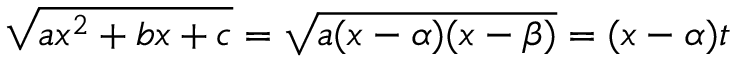
{ \sqrt { a x ^ { 2 } + b x + c } } = { \sqrt { a ( x - \alpha ) ( x - \beta ) } } = ( x - \alpha ) t